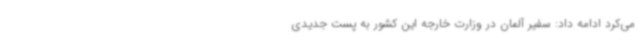
می‌کرد ادامه داد: سفیر آلمان در وزارت خارجه این کشور به پست جدیدی